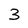
Character: 3